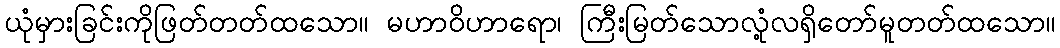
ယုံမှားခြင်းကိုဖြတ်တတ်ထသော။ မဟာဝိဟာရော၊ ကြီးမြတ်သောလုံ့လရှိတော်မူတတ်ထသော။